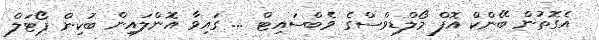
އެގޮތުން ބޭންކް އޮފް މޯލްޑިވްސްގެ ވެބްސައިޓް ... ގައިވާ އޮންލައިން ބުކިން ޕޯޓަލް